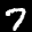
Label: 7